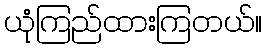
ယုံကြည်ထားကြတယ်။